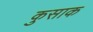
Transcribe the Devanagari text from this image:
कुसाक